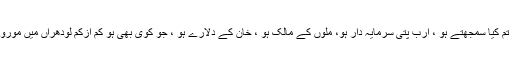
ایک واضح پیغام ہے تم کیا سمجھتے ہو ، ارب پتی سرمایہ دار ہو، ملوں کے مالک ہو ، خان کے دلارے ہو ، جو کوی بھی ہو کم ازکم لودھراں میں موروثی سیاست قبول نہی۔